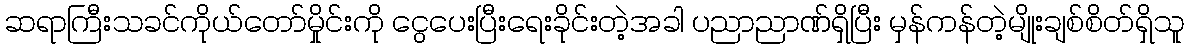
ဆရာကြီးသခင်ကိုယ်တော်မှိုင်းကို ငွေပေးပြီးရေးခိုင်းတဲ့အခါ ပညာညာဏ်ရှိပြီး မှန်ကန်တဲ့မျိုးချစ်စိတ်ရှိသူ